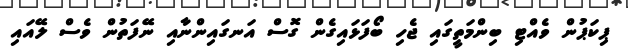
ޕިކަޕުން ވެއްޓި ބިންމަތީގައި ޖެހި ބޯފަޅައިގެން ގޮސް އަނގައިންނާއި ނޭފަތުން ވެސް ލޭއައި